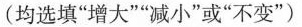
(均选填”增大””减小”或”不变”)